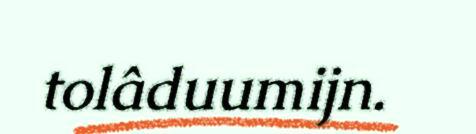
tolâduumijn.